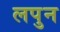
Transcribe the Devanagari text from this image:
लपुन